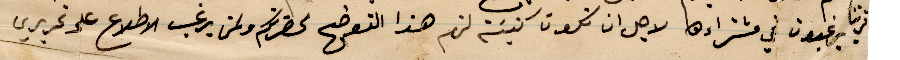
قريتنا يرغبون في مشتراها لاحل ان تكون كنيسة لهم هذا التوضيح لحضرتكم لومن يرغب الاطلاع على تحريري